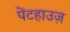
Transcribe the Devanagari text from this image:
पेंटहाउज़